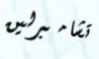
تشامبرلين